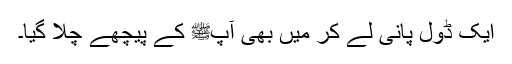
ایک ڈول پانی لے کر میں بھی آپﷺ کے پیچھے چلا گیا۔